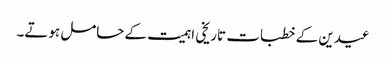
عیدین کے خطبات تاریخی اہمیت کے حامل ہوتے۔